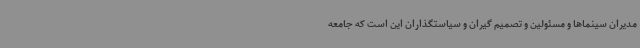
مدیران سینماها و مسئولین و تصمیم گیران و سیاستگذاران این است که جامعه